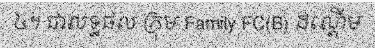
៤។ ជាលទ្ធផល ក្រុម Family FC(B) ដណ្តើម